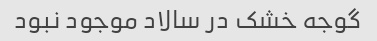
گوجه خشک در سالاد موجود نبود